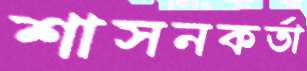
শাসনকর্তা